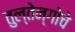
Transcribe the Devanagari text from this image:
तुल्तेन्गोचे